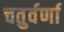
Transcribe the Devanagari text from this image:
चतुर्वर्णा